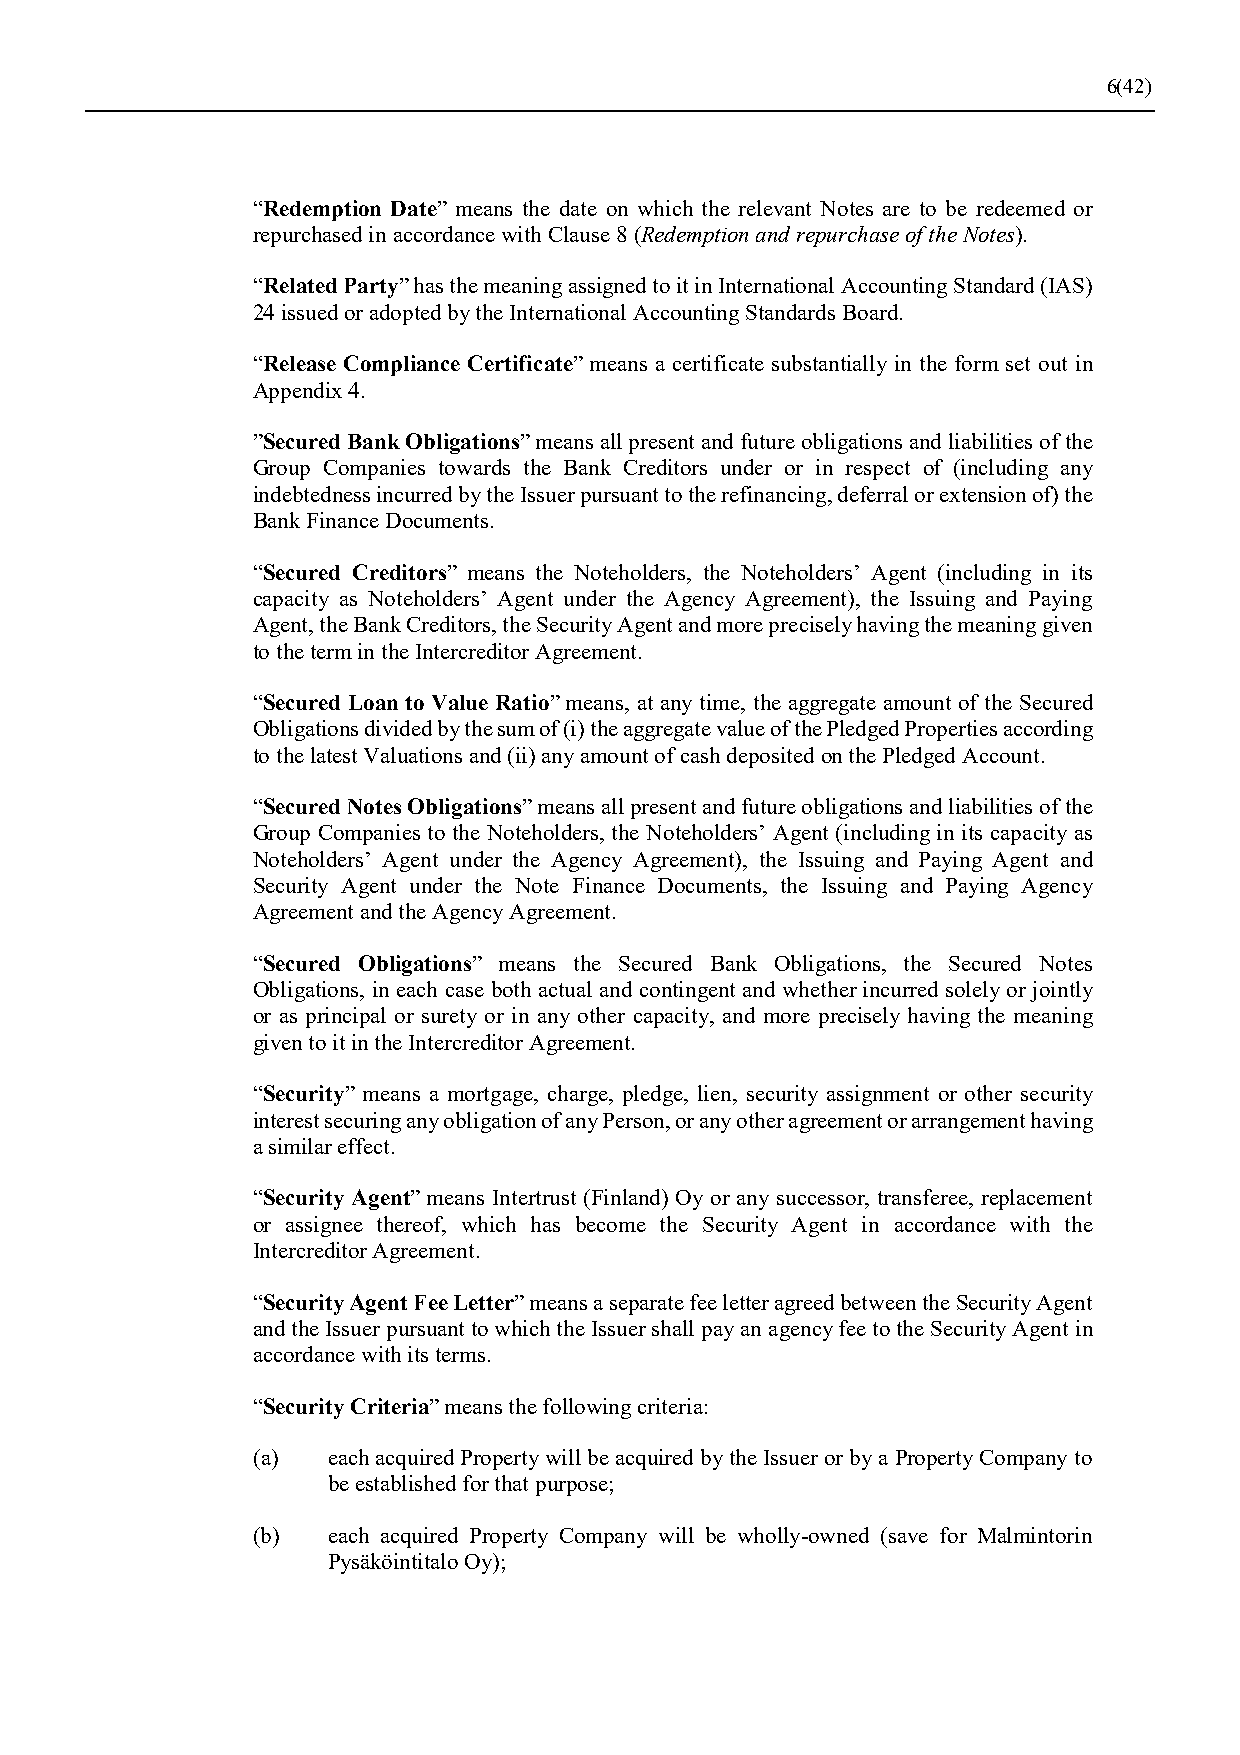
6(42)
 “Redemption Date” means the date on which the relevant Notes are to be redeemed or
 repurchased in accordance with Clause 8 (Redemption and repurchase of the Notes).
 “Related Party” has the meaning assigned to it in International Accounting Standard (IAS)
 24 issued or adopted by the International Accounting Standards Board.
 “Release Compliance Certificate” means a certificate substantially in the form set out in
 Appendix 4.
 ”Secured Bank Obligations” means all present and future obligations and liabilities of the
 Group Companies towards the Bank Creditors under or in respect of (including any
 indebtedness incurred by the Issuer pursuant to the refinancing, deferral or extension of) the
 Bank Finance Documents.
 “Secured Creditors” means the Noteholders, the Noteholders’ Agent (including in its
 capacity as Noteholders’ Agent under the Agency Agreement), the Issuing and Paying
 Agent, the Bank Creditors, the Security Agent and more precisely having the meaning given
 to the term in the Intercreditor Agreement.
 “Secured Loan to Value Ratio” means, at any time, the aggregate amount of the Secured
 Obligations divided by the sum of (i) the aggregate value of the Pledged Properties according
 to the latest Valuations and (ii) any amount of cash deposited on the Pledged Account.
 “Secured Notes Obligations” means all present and future obligations and liabilities of the
 Group Companies to the Noteholders, the Noteholders’ Agent (including in its capacity as
 Noteholders’ Agent under the Agency Agreement), the Issuing and Paying Agent and
 Security Agent under the Note Finance Documents, the Issuing and Paying Agency
 Agreement and the Agency Agreement.
 “Secured Obligations” means the Secured Bank Obligations, the Secured Notes
 Obligations, in each case both actual and contingent and whether incurred solely or jointly
 or as principal or surety or in any other capacity, and more precisely having the meaning
 given to it in the Intercreditor Agreement.
 “Security” means a mortgage, charge, pledge, lien, security assignment or other security
 interest securing any obligation of any Person, or any other agreement or arrangement having
 a similar effect.
 “Security Agent” means Intertrust (Finland) Oy or any successor, transferee, replacement
 or assignee thereof, which has become the Security Agent in accordance with the
 Intercreditor Agreement.
 “Security Agent Fee Letter” means a separate fee letter agreed between the Security Agent
 and the Issuer pursuant to which the Issuer shall pay an agency fee to the Security Agent in
 accordance with its terms.
 “Security Criteria” means the following criteria:
 (a)  each acquired Property will be acquired by the Issuer or by a Property Company to
 be established for that purpose;
 (b)  each acquired Property Company will be wholly-owned (save for Malmintorin
 Pysäköintitalo Oy);